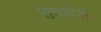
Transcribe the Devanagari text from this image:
राघवांनी